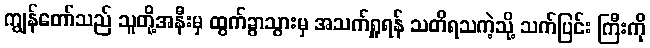
ကျွန်တော်သည် သူတို့အနီးမှ ထွက်ခွာသွားမှ အသက်ရှူရန် သတိရသကဲ့သို့ သက်ပြင်း ကြီးကို